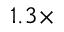
1 . 3 \times